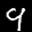
Label: 9